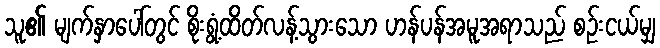
သူ၏ မျက်နှာပေါ်တွင် စိုးရွံ့ထိတ်လန့်သွားသော ဟန်ပန်အမူအရာသည် စဉ်းငယ်မျှ